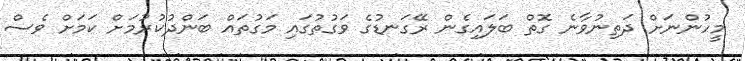
މީހުންނަށް ދަތިނުވާނެ ގޮތް ބަލައިގެން ރޭގަނޑުގެ ވަގުތުގައި މަގުތައް ބަންދުކުރުމަށް ކަމަށް ވެސް